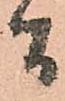
間